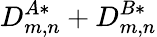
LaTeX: D_{m,n}^{A*}+D_{m,n}^{B*}